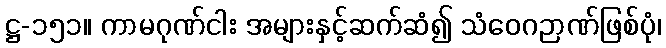
ဋ္ဌ-၁၅၁။ ကာမဂုဏ်ငါး အများနှင့်ဆက်ဆံ၍ သံဝေဂဉာဏ်ဖြစ်ပုံ၊